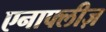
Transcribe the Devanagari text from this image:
एनाफ्लीज़